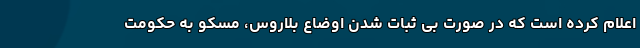
اعلام کرده است که در صورت بی ثبات شدن اوضاع بلاروس، مسکو به حکومت